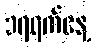
၁၇ရက်နေ့